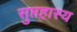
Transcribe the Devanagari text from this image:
सुप्तहास्य